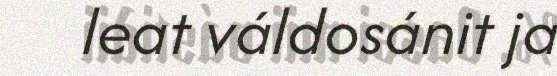
leat váldosánit ja